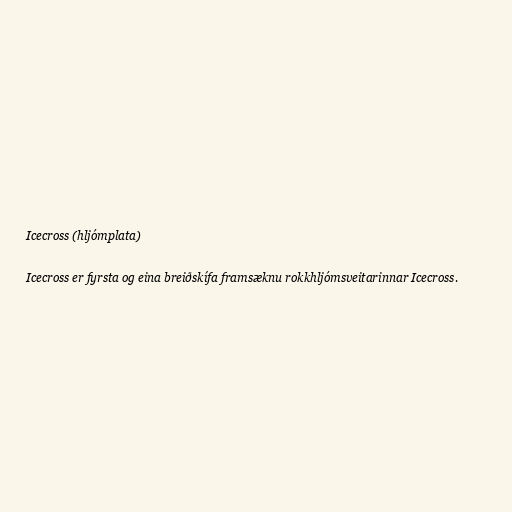
Icecross (hljómplata)

Icecross er fyrsta og eina breiðskífa framsæknu rokkhljómsveitarinnar Icecross.